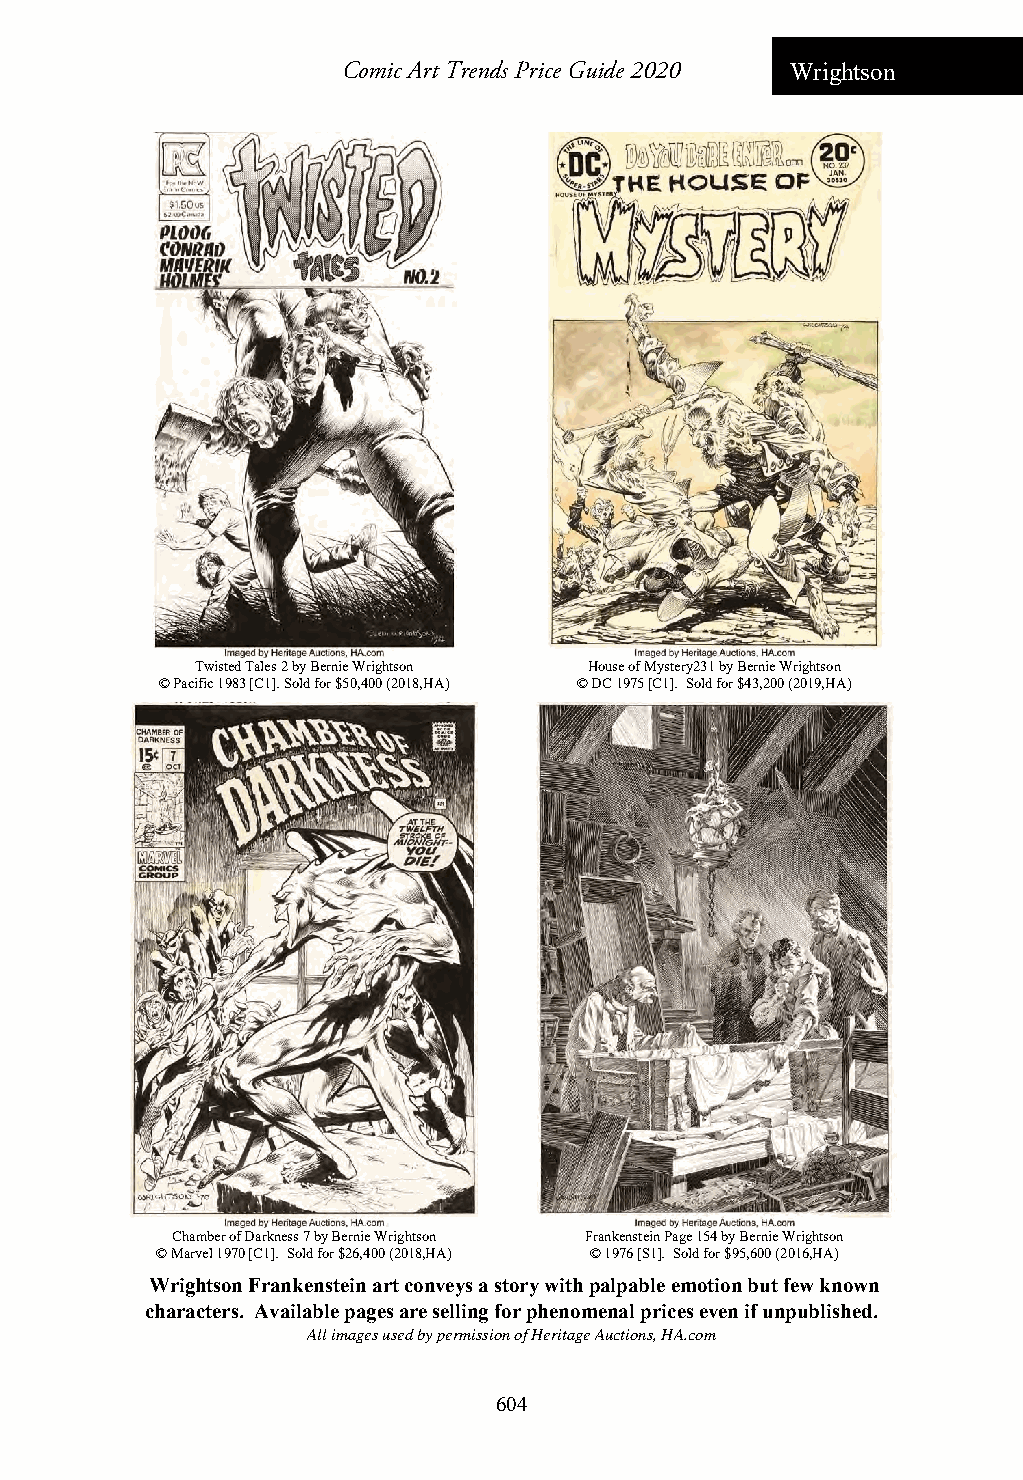
Comic Art Trends Price Guide 2020 Wrightson
 Twisted Tales 2 by Bernie Wrightson House of Mystery231 by Bernie Wrightson
 © Pacific 1983 [C1]. Sold for $50,400 (2018,HA) © DC 1975 [C1]. Sold for $43,200 (2019,HA)
 Chamber of Darkness 7 by Bernie Wrightson Frankenstein Page 154 by Bernie Wrightson
 © Marvel 1970 [C1]. Sold for $26,400 (2018,HA) © 1976 [S1]. Sold for $95,600 (2016,HA)
 Wrightson Frankenstein art conveys a story with palpable emotion but few known
 characters. Available pages are selling for phenomenal prices even if unpublished.
 All images used by permission of Heritage Auctions, HA.com
 604